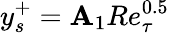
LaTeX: y_{s}^{+}=\mathbf{A}_{1}Re_{\tau}^{0.5}